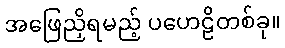
အဖြေညှိရမည့် ပဟေဠိတစ်ခု။